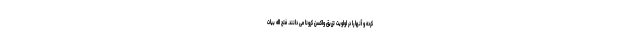
کرده و آنها را در اولویت تزریق واکسن کرونا می دانند. فتح اله بیات